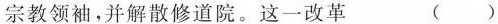
宗教领袖，并解散修道院。这一改革 ()